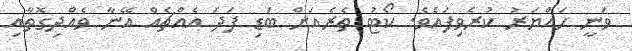
ވަނީ ހައްޔަރު ކުރެވިފައެވެ. ކޯޓު ތެރެއަށް ބަޑި ފަދަ އެއްޗެއް އޭނާ ވެއްދިގޮތާއި